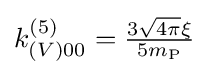
{\textstyle k_{(V)00}^{(5)}={\frac {3{\sqrt {4\pi }}\xi }{5m_{\text{P}}}}}